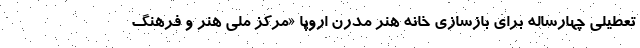
تعطیلی چهارساله برای بازسازی خانه هنر مدرن اروپا «مرکز ملی هنر و فرهنگ